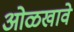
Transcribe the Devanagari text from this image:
ओळखावे